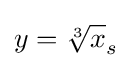
y={\sqrt[{3}]{x}}_{s}